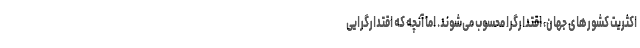
اکثریت کشورهای جهان، اقتدارگرا محسوب می­شوند. اما آنچه که اقتدارگرایی